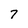
Character: 7